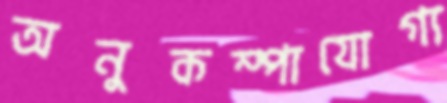
অনুকম্পাযোগ্য